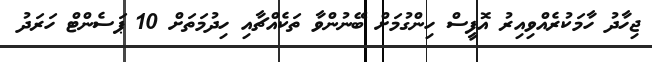
ޖިހާދު ހާމަކުރެއްވިއިރު އޮފީސް ހިންގުމަށް ބޭނުންވާ ތަކެއްޗާއި ހިދުމަތަށް 10 ޕަސެންޓް ހަރަދު